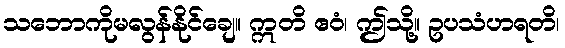
သဘောကိုမလွန်နိုင်ချေ။ ဣတိ ဧဝံ၊ ဤသို့။ ဥပသံဟရတိ၊